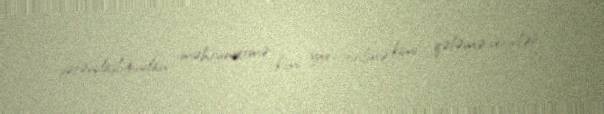
vətəndaşlığından məhrumetmə kimi yox, itirilmə kimi qələmə verirlər.